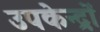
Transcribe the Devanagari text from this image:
उपकेन्द्रों